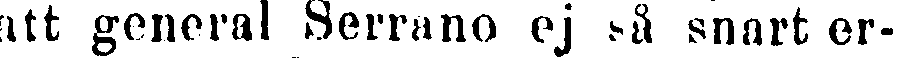
att general Serrano ej så snart er-